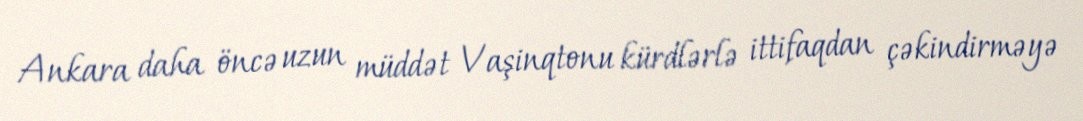
Ankara daha öncə uzun müddət Vaşinqtonu kürdlərlə ittifaqdan çəkindirməyə